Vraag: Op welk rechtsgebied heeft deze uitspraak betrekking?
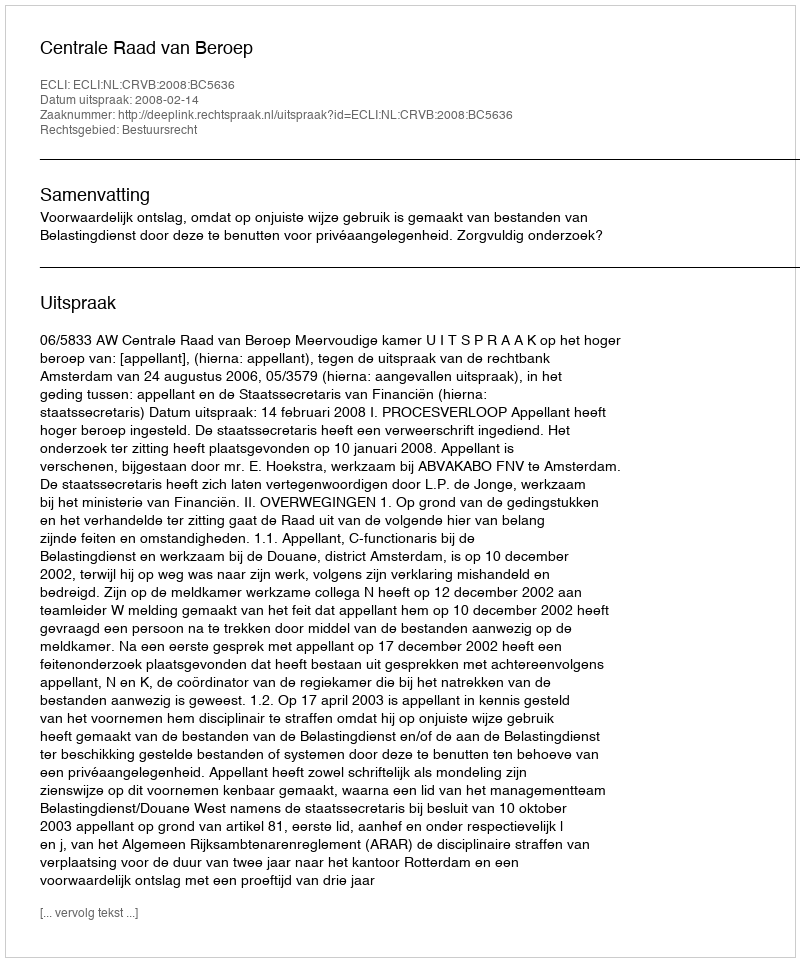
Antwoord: Bestuursrecht